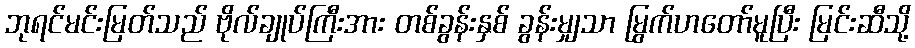
ဘုရင်မင်းမြတ်သည် ဗိုလ်ချုပ်ကြီးအား တစ်ခွန်းနှစ် ခွန်းမျှသာ မြွက်ဟတော်မူပြီး မြင်းဆီသို့